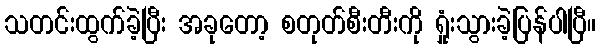
သတင်းထွက်ခဲ့ပြီး အခုတော့ စတုတ်စီးတီးကို ရှုံးသွားခဲ့ပြန်ပါပြီ။